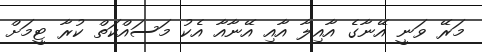
މަރޭ ވަނީ އޭނާގެ އާއިލާ އާއި އޭނާއާ އެކު މަސައްކަތް ކުރާ ޓީމަށް